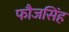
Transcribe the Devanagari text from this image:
फौजसिंह